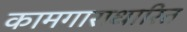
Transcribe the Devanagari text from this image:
कामगाराधारित